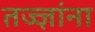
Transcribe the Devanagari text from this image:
तज्‍ज्ञांना